Report on plague and inoculation in the Punjab from October 1st ... to September 30th..., being the ... season of plague in the province
Disease focus: Plague
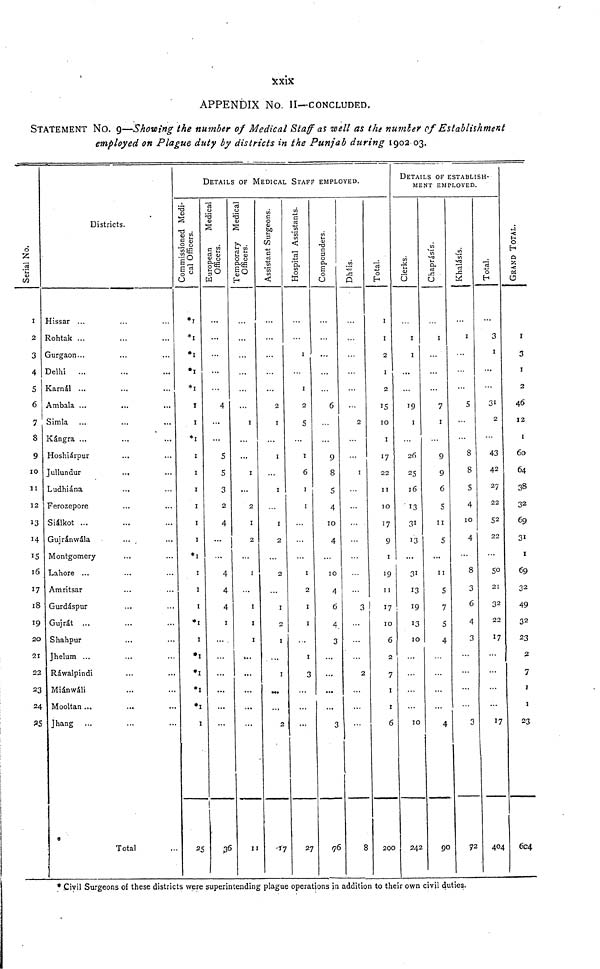
APPENDIX No. II—CONCLUDED.
STATEMENT NO. 9—Showing the number of Medical Staff as well as the number of Establishment
employed on Plague duty by districts in the Punjab during 1902 03.
Serial No
1
2
3
4
S
6
7
8
9
10
11
12
13
15
16
17
18
19
20
21
22
23
24
25
Districts.
Hissar
Rohtak ...
Gurgaon...
Delhi ...
Karnal ...
Ambala ...
Simla
Kangra ...
Hoshiarpur
Jullundur
...
Ludhiana
Ferozepore
Sialkot ...
Gujranwala
...
Montgomery
Lahore ...
Amritsar
Gurdaspur
Gujrat ...
Shahpur
Jhelum ...
Rawalpindi
Mianwali
Mooltan ...
Jhang ...
Total
DETAILS OF MEDICAL STAFF EMPLOYED.
Commissioned Medical OFficers
*1
*1
*1
*1
*1
1
1
*1
1
1
1
1
1
1
*1
1
1
1
*1
1
*1
*1
*1
*1
1
European
Medical
Officers.
...
...
...
...
4
...
...
5
5
3
2
4
...
...
4
4
4
1
...
...
...
...
...
...
36
Temporary Medical
Officers.
...
...
...
...
...
1
...
...
1
...
2
1
2
...
1
...
1
1
1
...
...
...
...
...
11
Assistant Surgeons.
...
...
...
...
2
1
...
1
...
1
...
1
2
...
2
...
1
2
1
...
1
...
...
2
Hospital Assistants.
...
...
1
...
1
2
5
...
1
6
1
1
...
...
...
1
2
1
1
...
1
3
...
...
...
27
Compounders
...
...
...
...
6
...
...
9
8
5
4
10
4
...
10
4
6
4.
3
...
...
...
...
3
76
Dheis.
...
...
...
...
2
...
...
1
...
...
...
...
...
...
...
3
...
...
...
2
...
...
...
8
Total.
2
1
X
2
2
15
10
1
17
22
11
10
17
9
1
19
11
17
10
6
2
7
1
1
6
200
DETAILS OF ESTABLISH-
MENT EMPLOYED.
Clerks.
...
1
X
I
...
19
1
...
26
25
16
13
31
13
...
31
13
19
13
10
...
...
...
...
10
242
Chaprasis.
...
1
I
...
7
1
...
9
9
6
5
11
5
...
11
5
7
5
4
...
...
...
...
4
go
Khalasis
...
I
...
5
...
...
8
8
5
4
10
4
...
8
3
6
4
3
...
...
...
...
3
72
Total.
...
3
1
...
31
2
...
43
42
27
22
52
22
...
50
21
32
22
17
...
...
...
...
17
404
GRAND TOTAL.
r
3
1
2
46
12
1
60
64
38
32
69
31
1
69
32
49
32
23
2
7
1
1
23
6c4
• Civil Surgeons of these districts were superintending plague operations in addition to their own civil duties.